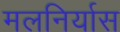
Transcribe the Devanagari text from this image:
मलनिर्यास